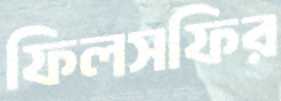
ফিলসফির